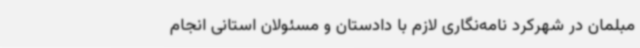
مبلمان در شهرکرد نامه‌نگاری لازم با دادستان و مسئولان استانی انجام